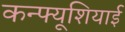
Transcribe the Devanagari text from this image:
कन्फ्यूशियाई